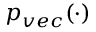
p _ { v e c } ( \cdot )